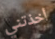
أخذتني